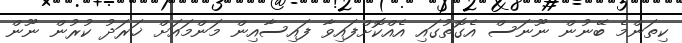
ކިތަންމެ ބޭނުން ނޫނަސް އެގޮތުގައި އެއްކޮށްފައިވާ ފައިސާއިން މަންމައަށް ޚަރަދު ކުރުން ނޫން